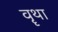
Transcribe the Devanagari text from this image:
वॄथा